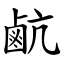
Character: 䴚